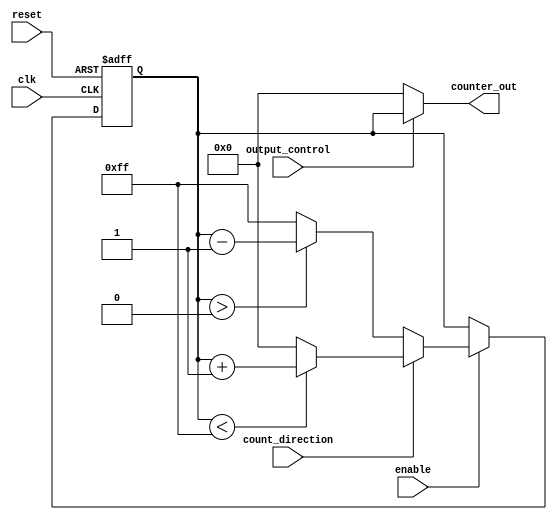
module synchronous_counter (
    input wire clk,                  // Clock input
    input wire reset,                // Asynchronous reset
    input wire enable,               // Enable counting
    input wire count_direction,      // Count up (1) or down (0)
    input wire output_control,        // Control output
    output reg [7:0] counter_out     // Counter output (8-bit width)
);

// Predefined initial value for reset
parameter INITIAL_VALUE = 8'h00;   // Adjust as needed
parameter MAX_COUNT = 8'hFF;       // Maximum count value for 8-bit counter
parameter MIN_COUNT = 8'h00;       // Minimum count value for 8-bit counter

// Counter register
reg [7:0] counter_reg;

// Asynchronous reset logic
always @(posedge clk or posedge reset) begin
    if (reset) begin
        // Reset counter to initial value
        counter_reg <= INITIAL_VALUE;
    end else if (enable) begin
        // Counting logic
        if (count_direction) begin
            // Count up
            if (counter_reg < MAX_COUNT) begin
                counter_reg <= counter_reg + 1;
            end else begin
                counter_reg <= MIN_COUNT; // Wrap around
            end
        end else begin
            // Count down
            if (counter_reg > MIN_COUNT) begin
                counter_reg <= counter_reg - 1;
            end else begin
                counter_reg <= MAX_COUNT; // Wrap around
            end
        end
    end
end

// Output control logic
always @(*) begin
    if (output_control) begin
        counter_out = counter_reg; // Output current counter value
    end else begin
        counter_out = 8'h00; // Output held state (e.g., zero)
    end
end

endmodule